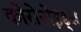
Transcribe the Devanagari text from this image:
कोरोनोइड्स